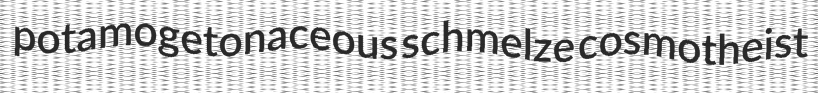
potamogetonaceous schmelze cosmotheist